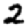
Digit: 2